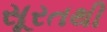
સૂરતથી